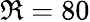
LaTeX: \Re=80